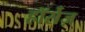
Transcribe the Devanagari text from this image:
हॉर्सेज़